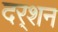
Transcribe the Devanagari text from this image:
दर्‍शन